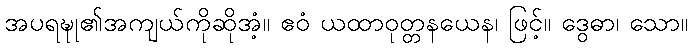
အပရဍ္ဎု၏အကျယ်ကိုဆိုအံ့။ ဧဝံ ယထာဝုတ္တနယေန၊ ဖြင့်။ ဒွေဓာ၊ သော။